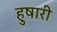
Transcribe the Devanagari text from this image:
हुषारी